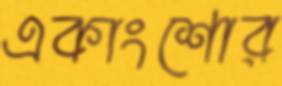
একাংশোর